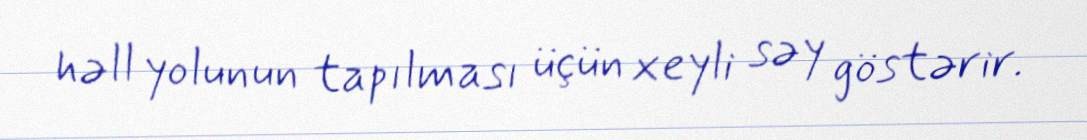
həll yolunun tapılması üçün xeyli səy göstərir.